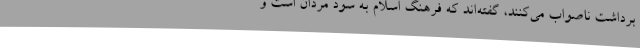
برداشت ناصواب می‌کنند، گفته‌اند که فرهنگ اسلام به سود مردان است و